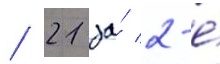
/ 21 за́ 2-е́